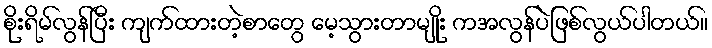
စိုးရိမ်လွန်ပြီး ကျက်ထားတဲ့စာတွေ မေ့သွားတာမျိုး ကအလွန်ပဲဖြစ်လွယ်ပါတယ်။